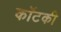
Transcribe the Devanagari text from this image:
कॉटकी